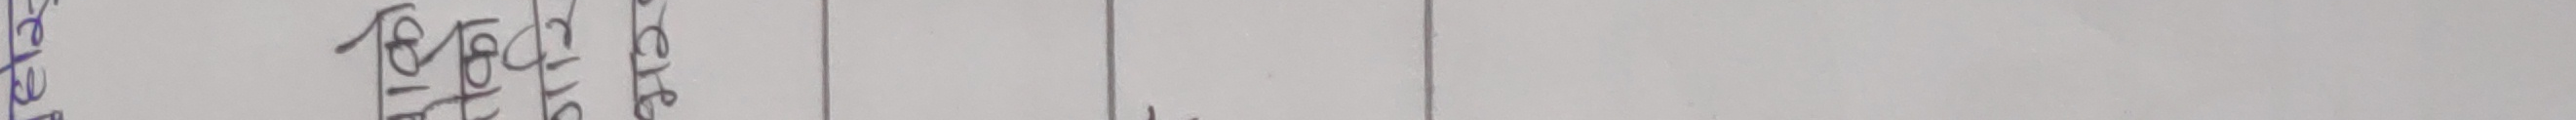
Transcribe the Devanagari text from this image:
१६१६।१६